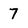
Character: 7